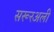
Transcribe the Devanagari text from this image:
सरूरअली